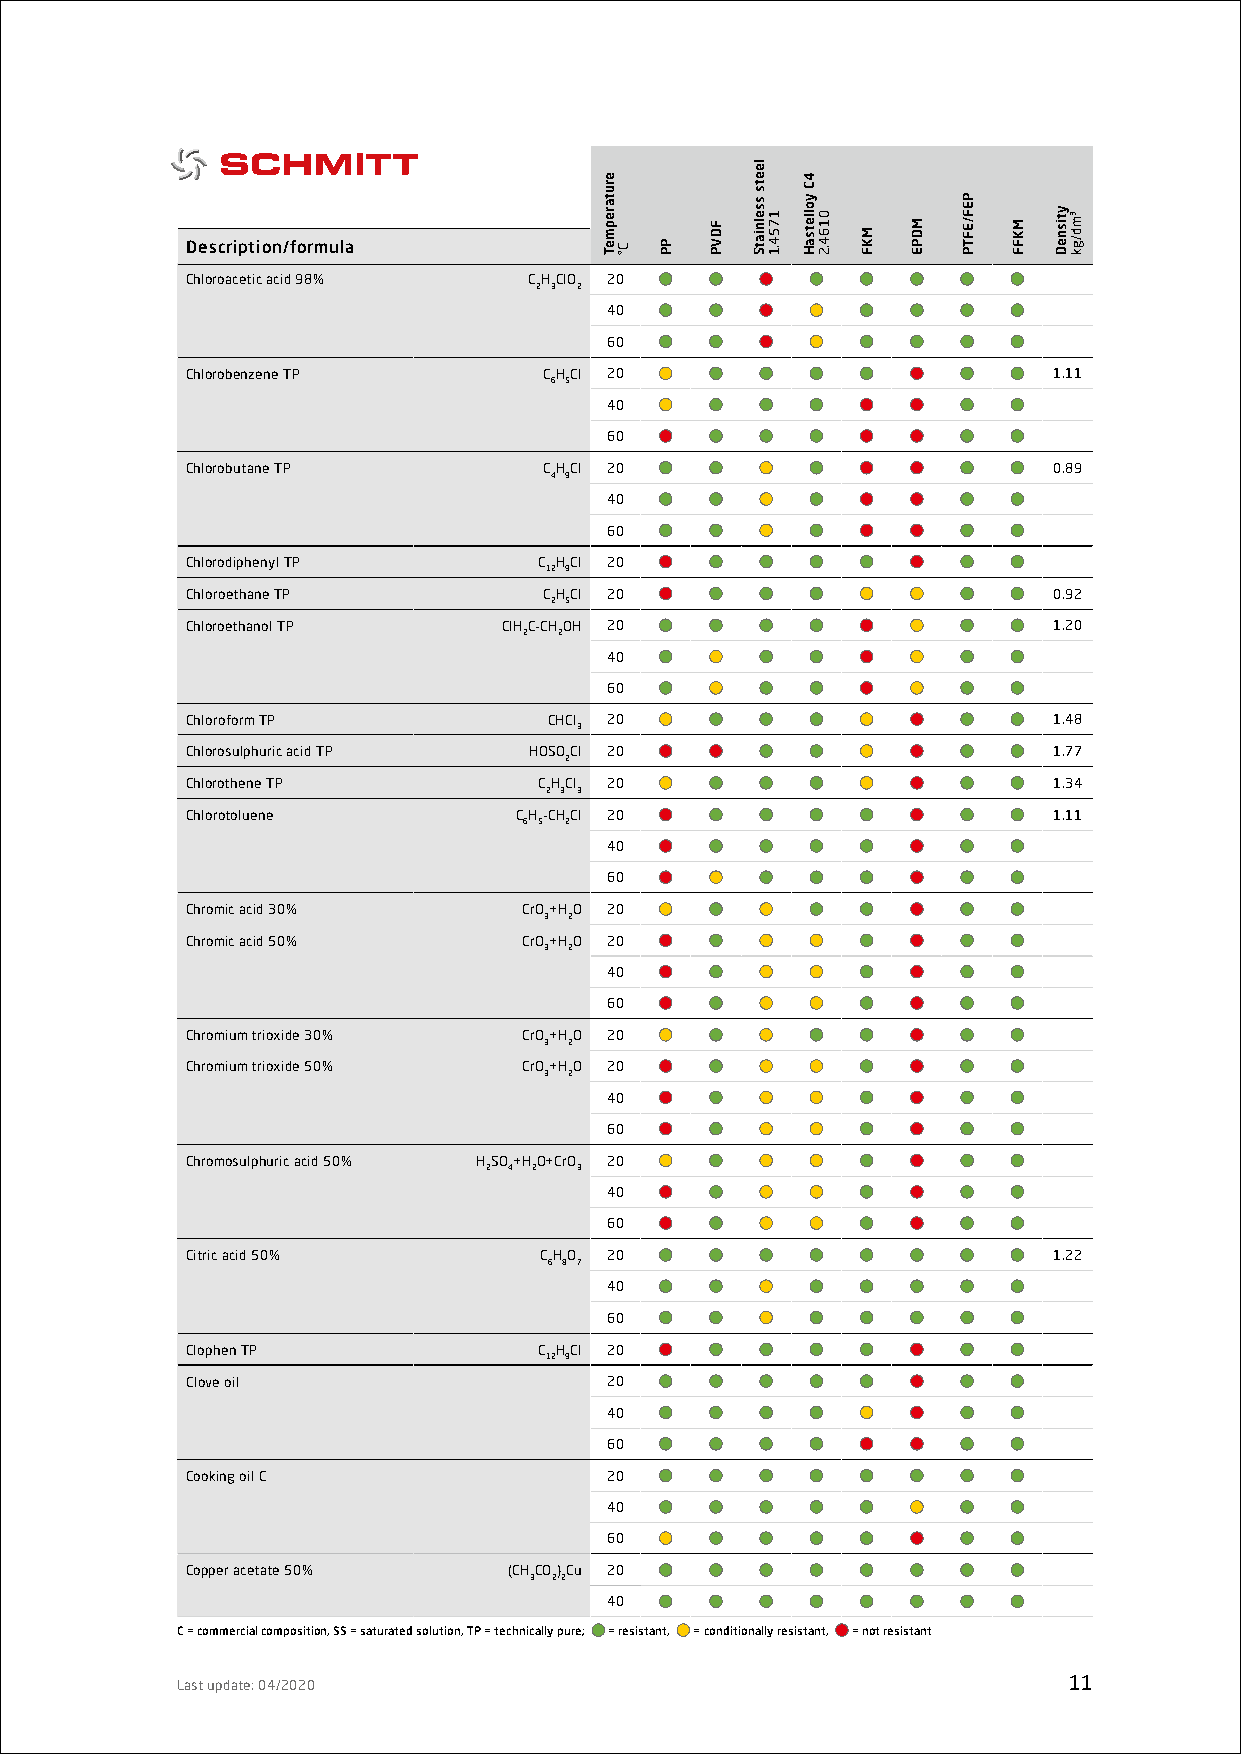
Description/formula
 Chloroacetic acid 98%  CHClO 20
 2 3 2
 40
 60
 Chlorobenzene TP        CHCl 20                           1.11
 6 5
 40
 60
 Chlorobutane TP         CHCl 20                           0.89
 4 9
 40
 60
 Chlorodiphenyl TP       C HCl 20
 12 9
 Chloroethane TP         CHCl 20                           0.92
 2 5
 Chloroethanol TP     ClHC-CHOH 20                         1.20
 2 2
 40
 60
 Chloroform TP           CHCl 20                           1.48
 3
 Chlorosulphuric acid TP HOSOCl 20                         1.77
 2
 Chlorothene TP          CHCl 20                           1.34
 2 3 3
 Chlorotoluene         CH-CHCl 20                          1.11
 6 5 2
 40
 60
 Chromic acid 30%       CrO+HO 20
 3 2
 Chromic acid 50%       CrO+HO 20
 3 2
 40
 60
 Chromium trioxide 30%  CrO+HO 20
 3 2
 Chromium trioxide 50%  CrO+HO 20
 3 2
 40
 60
 Chromosulphuric acid 50% HSO+HO+CrO 20
 2 4 2 3
 40
 60
 Citric acid 50%         CHO 20                            1.22
 6 8 7
 40
 60
 Clophen TP              C HCl 20
 12 9
 Clove oil                   20
 40
 60
 Cooking oil C               20
 40
 60
 Copper acetate 50%    (CHCO)Cu 20
 3 22
 40
 C = commercial composition, SS = saturated solution, TP = technically pure; = resistant, = conditionally resistant, = not resistant
 Last update: 04/2020                                       11
 erutarepmeT
 C° PP
 FDVP
 leets
 sselniatS
 1754.1
 4C
 yolletsaH
 0164.2
 MKF
 MDPE
 PEF/EFTP
 MKFF
 ytisneD ³md/gk